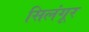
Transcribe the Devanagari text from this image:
सिलंगूर